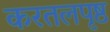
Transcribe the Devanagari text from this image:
करतलपृष्ठ